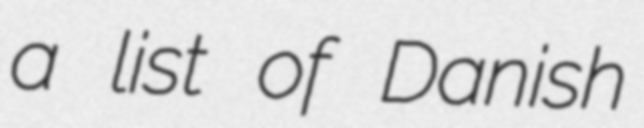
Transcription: a list of Danish